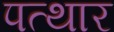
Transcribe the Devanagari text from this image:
पत्थार